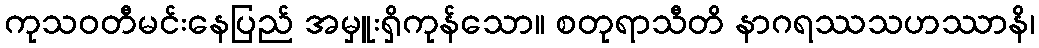
ကုသဝတီမင်းနေပြည် အမှူးရှိကုန်သော။ စတုရာသီတိ နာဂရဿသဟဿာနိ၊